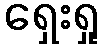
ရှေးရှု